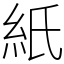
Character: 紙